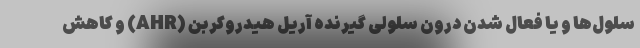
سلول‌ها و یا فعال شدن درون سلولی گیرنده آریل هیدروکربن (AHR) و کاهش